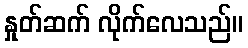
နှုတ်ဆက် လိုက်လေသည်။